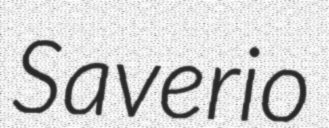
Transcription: Saverio